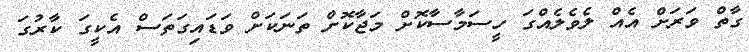
ގާތް ވަރަށް އެއް ލެވެލެއްގަ ހީސަމާސާކޮށް މަޖާކޮށް ތަނަކަށް ވަޑައިގަތަސް އެކީގަ ކާރުގަ